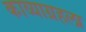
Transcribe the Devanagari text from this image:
काव्याग्रहला